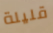
قليلة